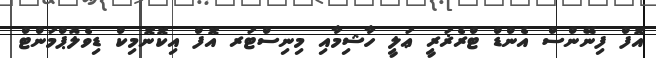
އޮފް ފިނޭންސް އެންޑް ޓްރެޜަރީ ޢަލީ ހާޝިމާއި މިނިސްޓަރ އޮފް އިކޮނޮމިކް ޑިވެލޮޕްމަންޓް